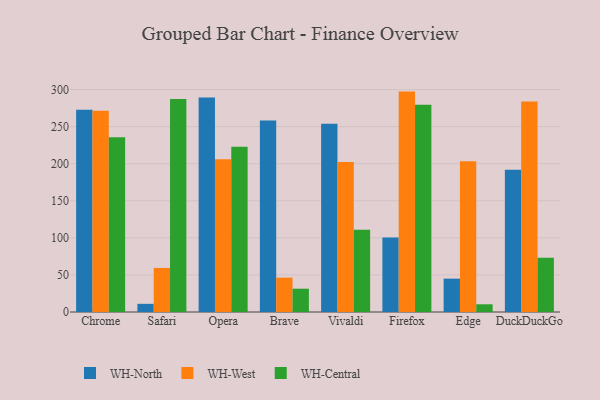
{"axis": {"x": "Browser", "y": "Revenue (USD Million)"}, "legend": ["WH-Central", "WH-North", "WH-West"], "data": [{"x": "Chrome", "y": 272.7, "type": "WH-North"}, {"x": "Chrome", "y": 271.3, "type": "WH-West"}, {"x": "Chrome", "y": 235.6, "type": "WH-Central"}, {"x": "Safari", "y": 11.0, "type": "WH-North"}, {"x": "Safari", "y": 59.4, "type": "WH-West"}, {"x": "Safari", "y": 287.2, "type": "WH-Central"}, {"x": "Opera", "y": 289.4, "type": "WH-North"}, {"x": "Opera", "y": 206.0, "type": "WH-West"}, {"x": "Opera", "y": 223.0, "type": "WH-Central"}, {"x": "Brave", "y": 258.1, "type": "WH-North"}, {"x": "Brave", "y": 46.3, "type": "WH-West"}, {"x": "Brave", "y": 31.4, "type": "WH-Central"}, {"x": "Vivaldi", "y": 253.8, "type": "WH-North"}, {"x": "Vivaldi", "y": 202.3, "type": "WH-West"}, {"x": "Vivaldi", "y": 111.0, "type": "WH-Central"}, {"x": "Firefox", "y": 100.4, "type": "WH-North"}, {"x": "Firefox", "y": 297.2, "type": "WH-West"}, {"x": "Firefox", "y": 279.4, "type": "WH-Central"}, {"x": "Edge", "y": 45.0, "type": "WH-North"}, {"x": "Edge", "y": 203.2, "type": "WH-West"}, {"x": "Edge", "y": 10.4, "type": "WH-Central"}, {"x": "DuckDuckGo", "y": 191.9, "type": "WH-North"}, {"x": "DuckDuckGo", "y": 283.7, "type": "WH-West"}, {"x": "DuckDuckGo", "y": 73.0, "type": "WH-Central"}]}